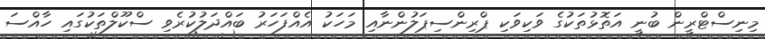
މިނިސްޓްރީން ބުނީ އަތޮޅުތަކުގެ ވަކިވަކި ޕްރިންސިޕަލުންނާއި މަހަކު އެއްފަހަރު ބައްދަލުކުރެވި ސްކޫލްތަކުގައި ހާއްސަ